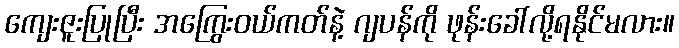
ကျေးဇူးပြုပြီး အကြွေးဝယ်ကတ်နဲ့ ဂျပန်ကို ဖုန်းခေါ်လို့ရနိုင်မလား။